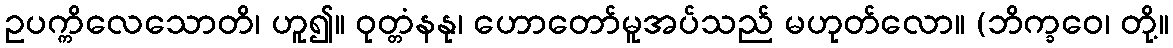
ဥပက္ကိလေသောတိ၊ ဟူ၍။ ဝုတ္တံနနု၊ ဟောတော်မူအပ်သည် မဟုတ်လော။ (ဘိက္ခဝေ၊ တို့။